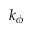
k _ { \phi }